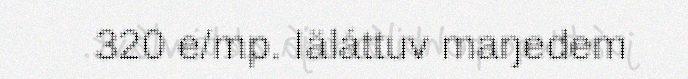
320 e/mp. Iäláttuv maŋedem